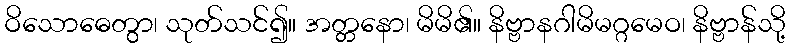
ဝိသောဓေတွာ၊ သုတ်သင်၍။ အတ္တနော၊ မိမိ၏။ နိဗ္ဗာနဂါမိမဂ္ဂမေဝ၊ နိဗ္ဗာန်သို့